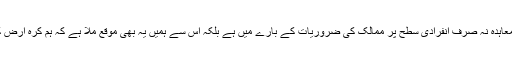
بی بی سی سے گفتگو میں ان کا کہنا تھا کہ یہ معاہدہ نہ صرف انفرادی سطح پر ممالک کی ضروریات کے بارے میں ہے بلکہ اس سے ہمیں یہ بھی موقع ملا ہے کہ ہم کرہ ارض کی حدت نصف ڈگری سینٹی گریڈ تک کم کریں۔